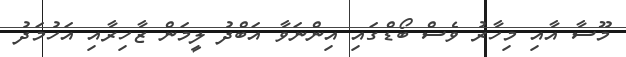
މޫސާ އާއި މިހާރު ވެސް ބޯޑްގައި އިންނަވާ އަބްދު ލީމަން ޒާހިރާއި އަހުމަދު